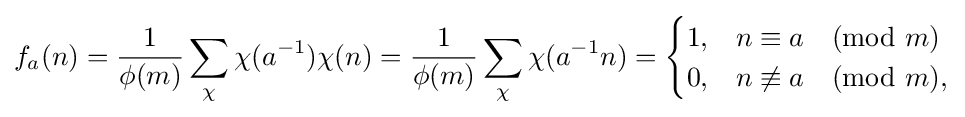
f_{a}(n)={\frac {1}{\phi (m)}}\sum _{\chi }\chi (a^{-1})\chi (n)={\frac {1}{\phi (m)}}\sum _{\chi }\chi (a^{-1}n)={\begin{cases}1,&n\equiv a{\pmod {m}}\\0,&n\not \equiv a{\pmod {m}},\end{cases}}